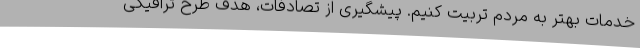
خدمات بهتر به مردم تربیت کنیم. پیشگیری از تصادفات، هدف طرح ترافیکی